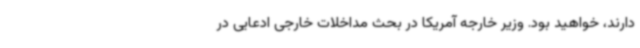
دارند، خواهید بود. وزیر خارجه آمریکا در بحث مداخلات خارجی ادعایی در